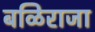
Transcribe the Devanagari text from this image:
बळिराजा